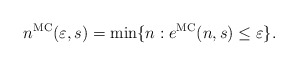
\begin{align*}n^{\mathrm{MC}}(\varepsilon,s)=\min\{n : e^{\mathrm{MC}}(n,s)\leq \varepsilon\}.\end{align*}